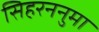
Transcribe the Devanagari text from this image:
सिहरननुमा